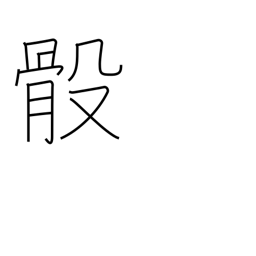
Meaning: bones